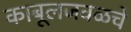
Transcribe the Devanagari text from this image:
काबूलजवळचे